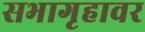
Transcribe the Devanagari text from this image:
सभागृहावर